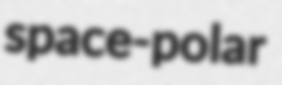
space-polar